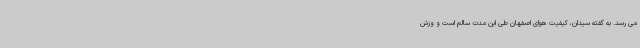
می رسد. به گفته سیدان، کیفیت هوای اصفهان طی این مدت سالم است و وزش